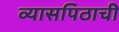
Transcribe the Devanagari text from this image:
व्यासपिठाची